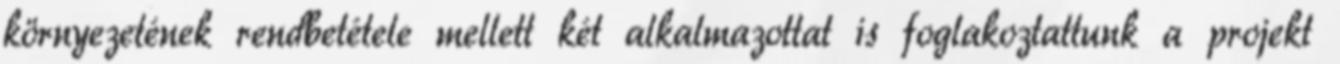
környezetének rendbetétele mellett két alkalmazottat is foglakoztattunk a projekt